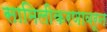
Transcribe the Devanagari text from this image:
सामिलीकरणावरून